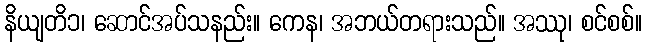
နိယျတိ၁၊ ဆောင်အပ်သနည်း။ ကေန၊ အဘယ်တရားသည်။ အဿု၊ စင်စစ်။